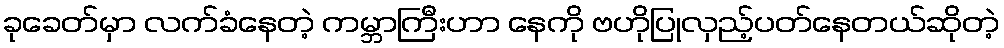
ခုခေတ်မှာ လက်ခံနေတဲ့ ကမ္ဘာကြီးဟာ နေကို ဗဟိုပြုလှည့်ပတ်နေတယ်ဆိုတဲ့